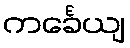
ကင်္ခေယျ